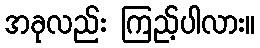
အခုလည်း ကြည့်ပါလား။